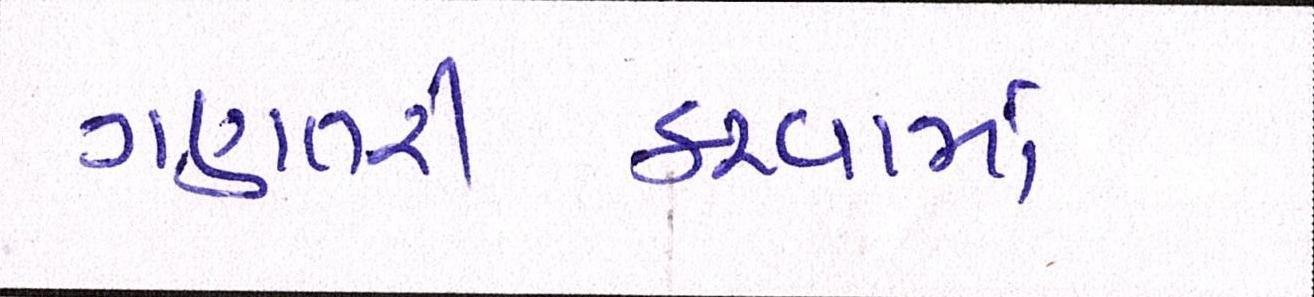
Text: ગણતરીકરવામાં